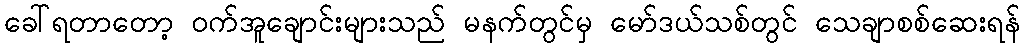
ခေါ်ရတာတော့ ဝက်အူချောင်းများသည် မနက်တွင်မှ မော်ဒယ်သစ်တွင် သေချာစစ်ဆေးရန်